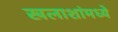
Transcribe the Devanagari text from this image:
खलाशांमध्ये